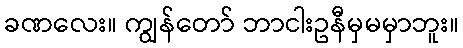
ခဏလေး။ ကျွန်တော် ဘာငါးဥနီမှမမှာဘူး။